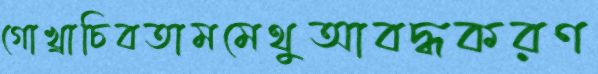
গোখ্রাচিবতামমেথুআবদ্ধকরণ